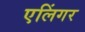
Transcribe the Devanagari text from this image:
एलिंगर